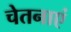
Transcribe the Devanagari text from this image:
चेतनाएं